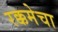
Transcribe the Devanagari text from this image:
रक्कमेचा